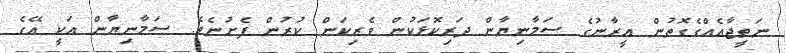
ނަތީޖާއެއްގެގޮތުން އީރާނުގެ ސަމާނިޔާން ދަރިކޮޅަކުން ވެރިކަން ކުރުން ފެށުނެވެ. ސަމާނިޔާން އަކީ އޭގެ